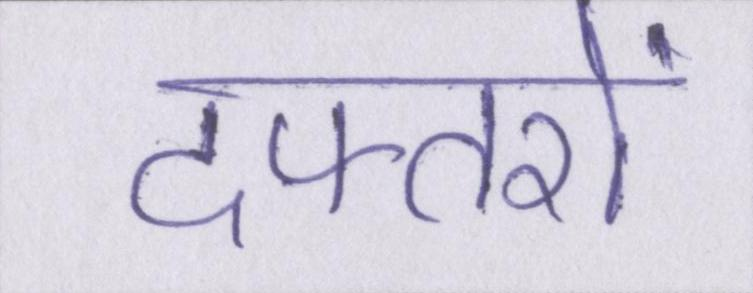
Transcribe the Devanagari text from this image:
दफ्तरों